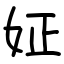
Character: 姃